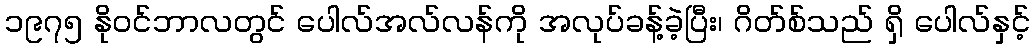
၁၉၇၅ နိုဝင်ဘာလတွင် ပေါလ်အလ်လန်ကို အလုပ်ခန့်ခဲ့ပြီး၊ ဂိတ်စ်သည် ရှိ ပေါလ်နှင့်